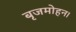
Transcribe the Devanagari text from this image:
बृजमोहन।